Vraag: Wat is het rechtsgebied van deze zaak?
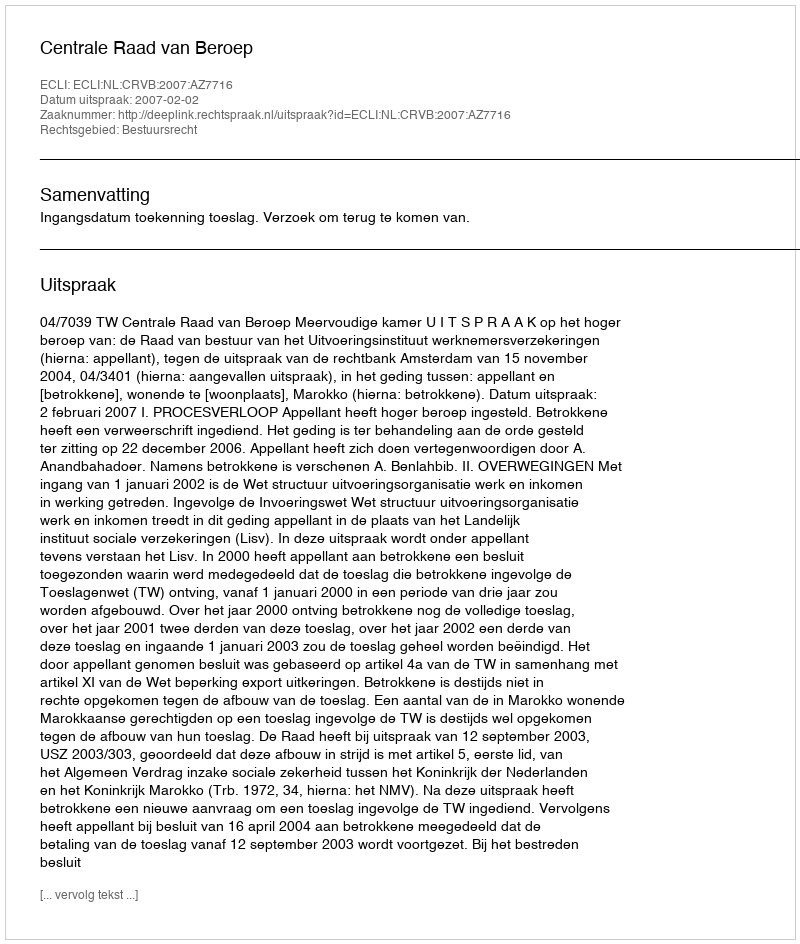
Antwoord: Bestuursrecht